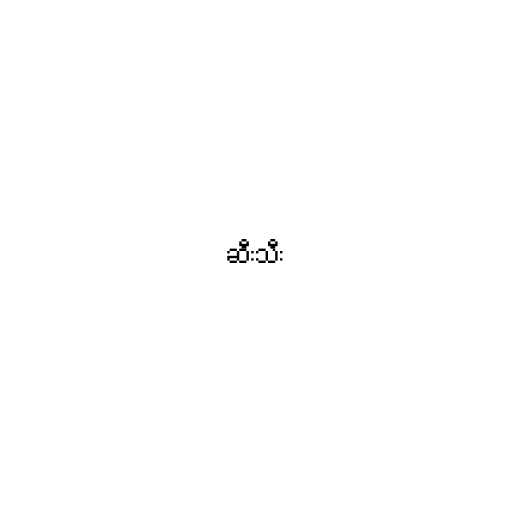
ဆီးသီး